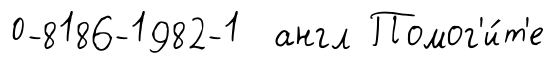
0-8186-1982-1 англ Помог'и́т'е